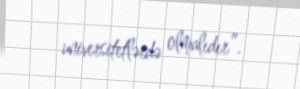
universitetlərdə olmalıdır”.